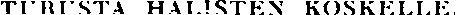
TURUSTA HÄLISTEN KOSKELLE.